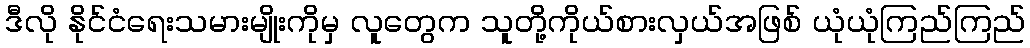
ဒီလို နိုင်ငံရေးသမားမျိုးကိုမှ လူတွေက သူတို့ကိုယ်စားလှယ်အဖြစ် ယုံယုံကြည်ကြည်